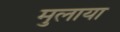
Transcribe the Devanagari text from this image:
मुलाया